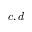
c , d